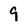
Character: 9